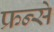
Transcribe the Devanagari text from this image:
फ्रन्से